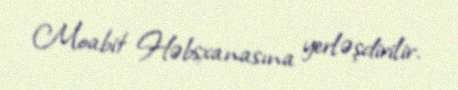
Moabit Həbsxanasına yerləşdirilir.